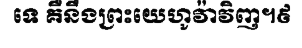
ទេ គឺនឹងព្រះយេហូវ៉ាវិញ។៩